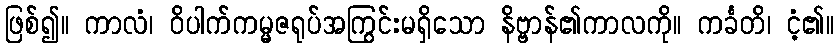
ဖြစ်၍။ ကာလံ၊ ဝိပါက်ကမ္မဇရုပ်အကြွင်းမရှိသော နိဗ္ဗာန်၏ကာလကို။ ကင်္ခတိ၊ ငံ့၏။